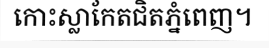
កោះស្លាកែតជិតភ្នំពេញ។